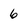
Character: 6